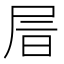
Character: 𡱔